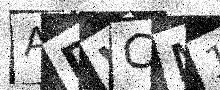
Text: ADWCM1